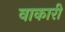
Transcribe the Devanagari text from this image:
वाकारी